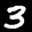
Label: 3